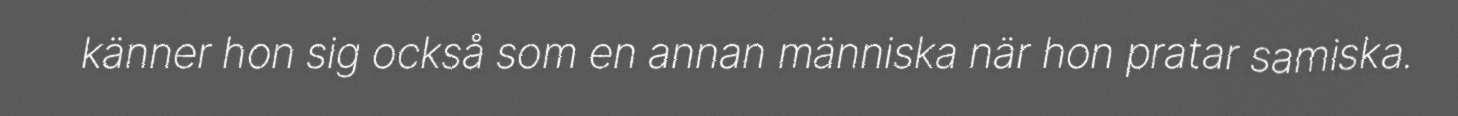
känner hon sig också som en annan människa när hon pratar samiska.